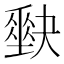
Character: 𡚆